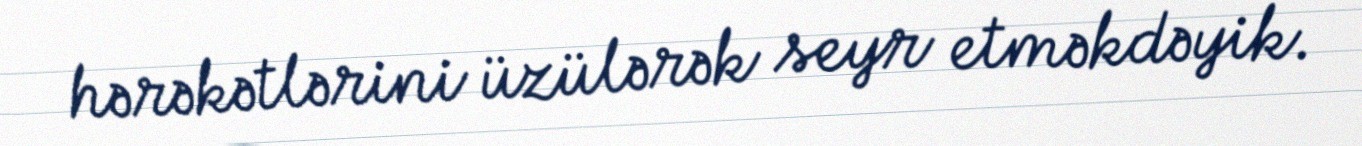
hərəkətlərini üzülərək seyr etməkdəyik.